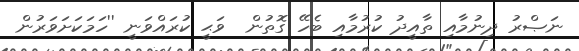
ނަޞްރު ދިނުމާއި ތާއީދު ކުރުމާއި ބެހޭ ގޮތުން  ވަޙީ ކުރައްވަނީ ''ހަމަކަށަވަރުން